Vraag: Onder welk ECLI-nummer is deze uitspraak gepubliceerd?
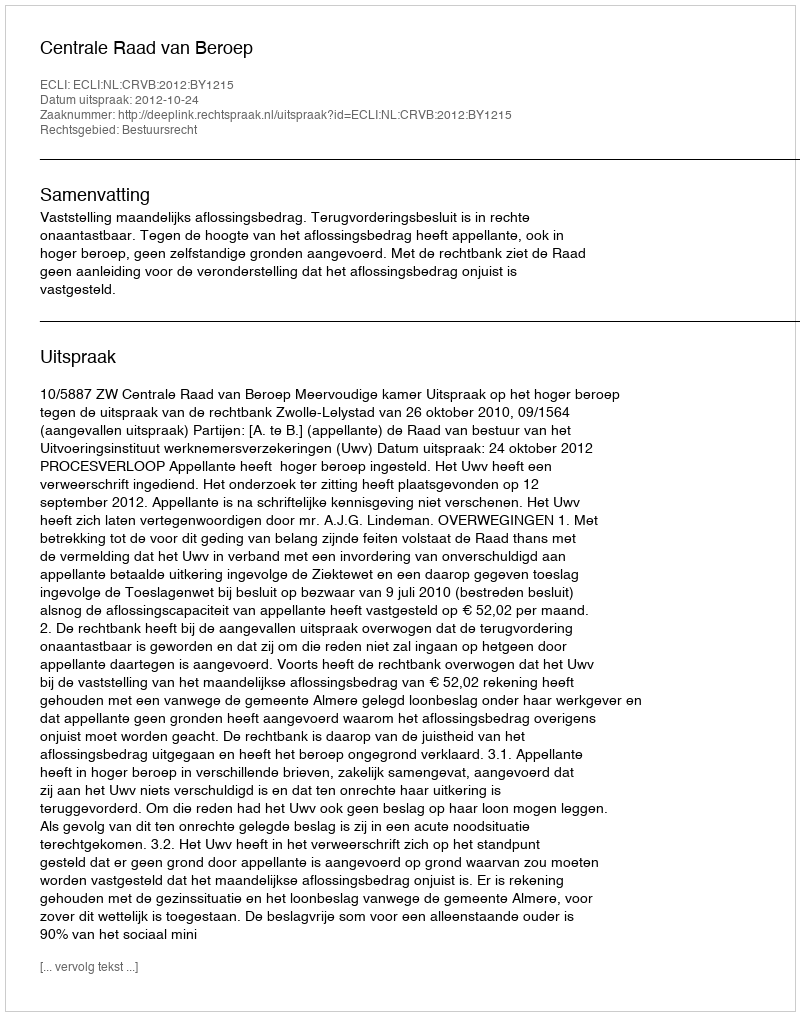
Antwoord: ECLI:NL:CRVB:2012:BY1215